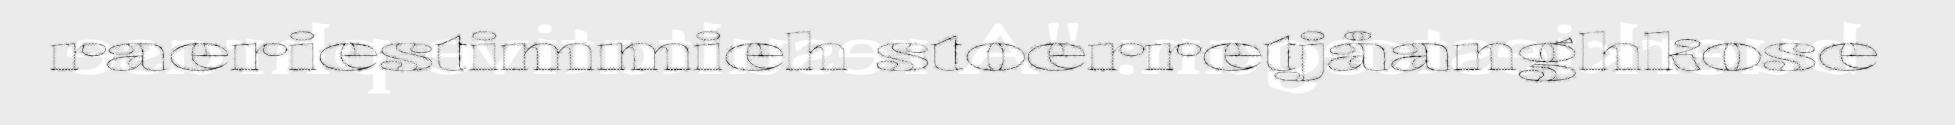
raeriestimmieh stoerretjåanghkose